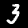
Label: 3